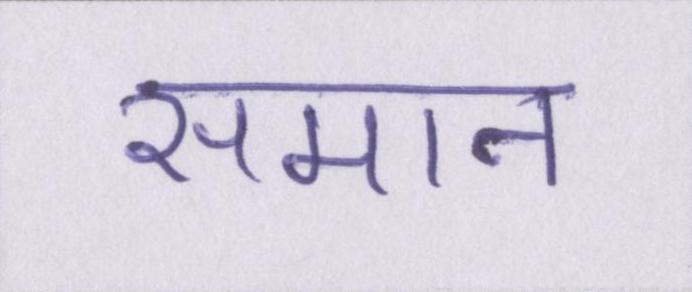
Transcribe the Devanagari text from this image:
समान